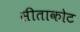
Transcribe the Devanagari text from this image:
सीताकोट